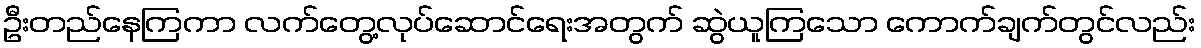
ဦးတည်နေကြကာ လက်တွေ့လုပ်ဆောင်ရေးအတွက် ဆွဲယူကြသော ကောက်ချက်တွင်လည်း